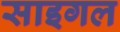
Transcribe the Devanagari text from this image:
साइगल